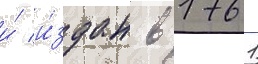
и́ и́здан в 1761